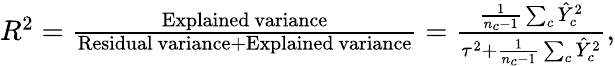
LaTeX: \begin{array}{r}{R^{2}=\frac{\mathrm{Explained~variance}}{\mathrm{Residual~variance}+\mathrm{Explained~variance}}=\frac{\frac{1}{n_{c}-1}\sum_{c}\hat{Y}_{c}^{2}}{\tau^{2}+\frac{1}{n_{c}-1}\sum_{c}\hat{Y}_{c}^{2}},}\end{array}